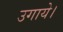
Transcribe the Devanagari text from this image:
उगाये।